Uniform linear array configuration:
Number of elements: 32
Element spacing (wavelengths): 1
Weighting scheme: binomial
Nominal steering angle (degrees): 30
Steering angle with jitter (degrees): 31.573
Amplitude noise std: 0.05
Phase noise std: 0.05

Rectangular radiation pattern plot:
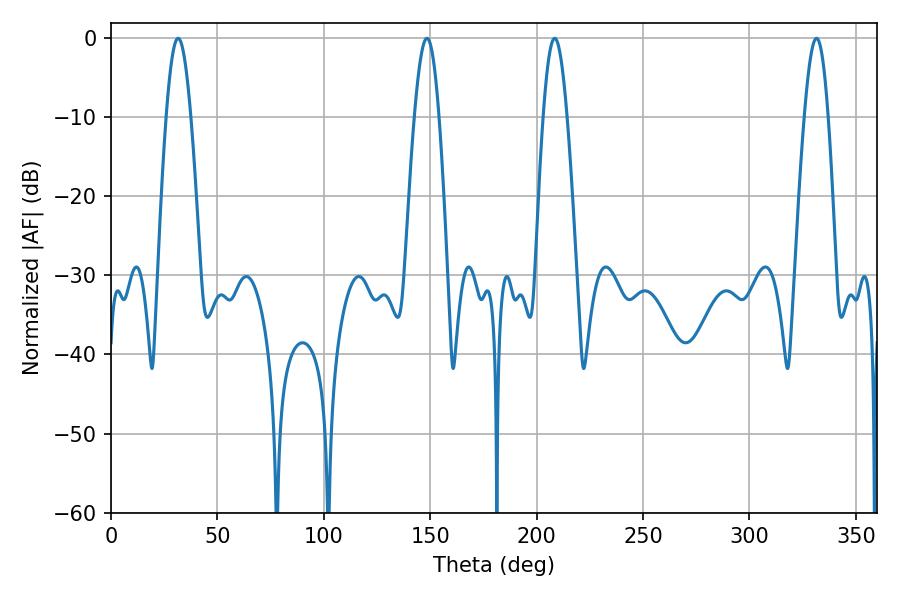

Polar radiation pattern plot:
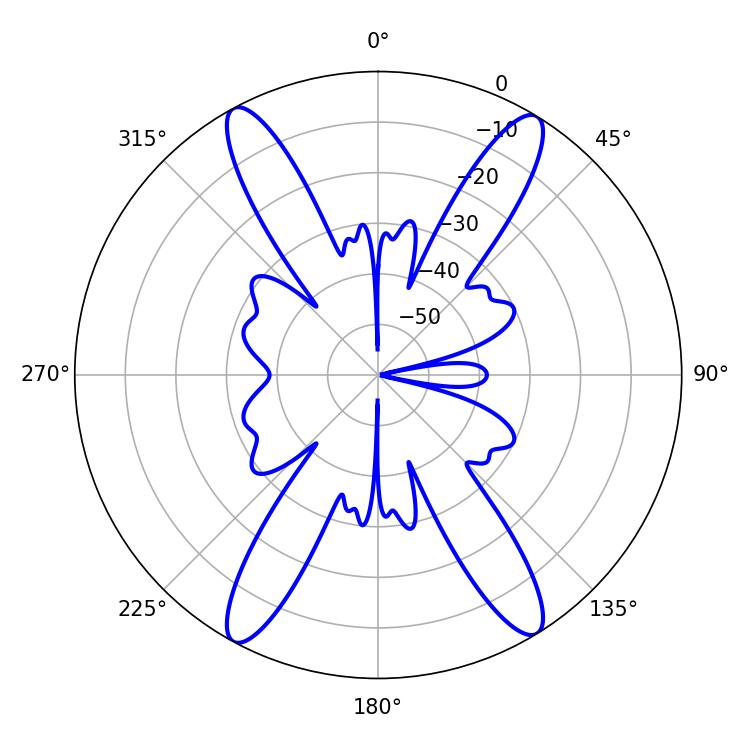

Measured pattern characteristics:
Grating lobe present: TRUE
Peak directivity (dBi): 21.512
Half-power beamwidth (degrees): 6.3
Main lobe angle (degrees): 31.5